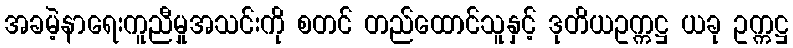
အခမဲ့နာရေးကူညီမှုအသင်းကို စတင် တည်ထောင်သူနှင့် ဒုတိယဥက္ကဋ္ဌ ယခု ဥက္ကဋ္ဌ